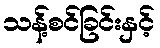
သန့်စင်ခြင်းနှင့်